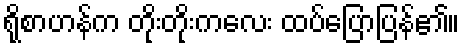
ရိုစာဟန်က တိုးတိုးကလေး ထပ်ပြောပြန်၏။